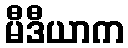
မီဒီယာက